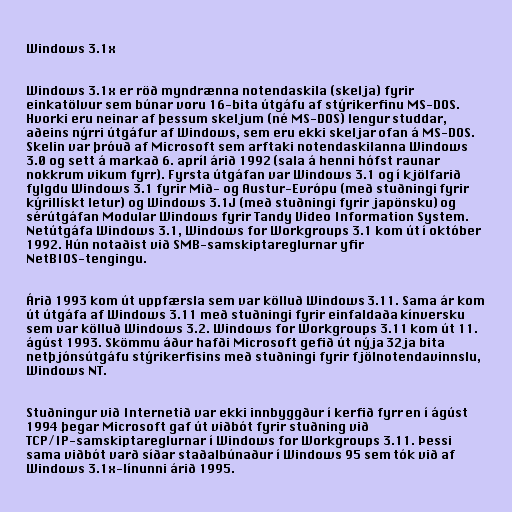
Windows 3.1x

Windows 3.1x er röð myndrænna notendaskila (skelja) fyrir
einkatölvur sem búnar voru 16-bita útgáfu af stýrikerfinu MS-DOS.
Hvorki eru neinar af þessum skeljum (né MS-DOS) lengur studdar,
aðeins nýrri útgáfur af Windows, sem eru ekki skeljar ofan á MS-DOS.
Skelin var þróuð af Microsoft sem arftaki notendaskilanna Windows
3.0 og sett á markað 6. apríl árið 1992 (sala á henni hófst raunar
nokkrum vikum fyrr). Fyrsta útgáfan var Windows 3.1 og í kjölfarið
fylgdu Windows 3.1 fyrir Mið- og Austur-Evrópu (með stuðningi fyrir
kýrillískt letur) og Windows 3.1J (með stuðningi fyrir japönsku) og
sérútgáfan Modular Windows fyrir Tandy Video Information System.
Netútgáfa Windows 3.1, Windows for Workgroups 3.1 kom út í október
1992. Hún notaðist við SMB-samskiptareglurnar yfir
NetBIOS-tengingu.

Árið 1993 kom út uppfærsla sem var kölluð Windows 3.11. Sama ár kom
út útgáfa af Windows 3.11 með stuðningi fyrir einfaldaða kínversku
sem var kölluð Windows 3.2. Windows for Workgroups 3.11 kom út 11.
ágúst 1993. Skömmu áður hafði Microsoft gefið út nýja 32ja bita
netþjónsútgáfu stýrikerfisins með stuðningi fyrir fjölnotendavinnslu,
Windows NT.

Stuðningur við Internetið var ekki innbyggður í kerfið fyrr en í ágúst
1994 þegar Microsoft gaf út viðbót fyrir stuðning við
TCP/IP-samskiptareglurnar í Windows for Workgroups 3.11. Þessi
sama viðbót varð síðar staðalbúnaður í Windows 95 sem tók við af
Windows 3.1x-línunni árið 1995.